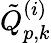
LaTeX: \tilde{Q}_{p,k}^{(i)}